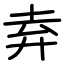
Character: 弆